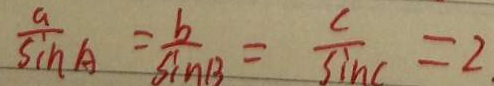
\frac { a } { \sin A } = \frac { b } { \sin B } = \frac { c } { \sin B } = 2